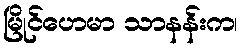
မြိုင်ဟေမာ သာနန်းက၊